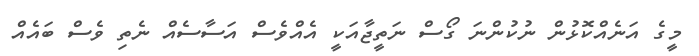
މީގެ އަނެއްކޮޅުން ނުކުންނަ ގޯސް ނަތީޖާއަކީ އެއްވެސް އަސާސެއް ނެތި ވެސް ބައެއް